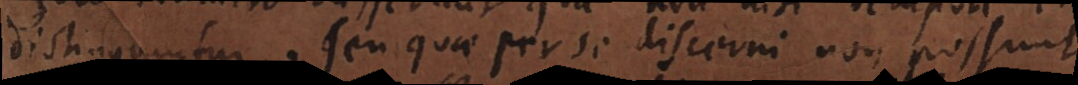
distinguuntur, seu quae per se discerni non possunt